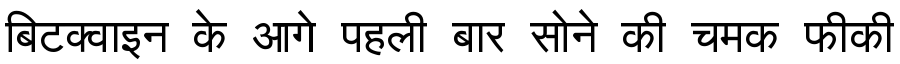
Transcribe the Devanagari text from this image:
बिटक्वाइन के आगे पहली बार सोने की चमक फीकी